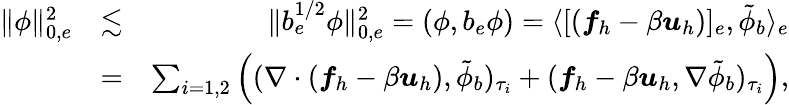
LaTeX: \begin{array}{rlr}{\| \phi\| _{0,e}^{2}}&{\lesssim}&{\| b_{e}^{1/2}\phi\| _{0,e}^{2}=(\phi,b_{e}\phi)=\langle[\left(\boldsymbol{f}_{h}-\beta\boldsymbol{u}_{h}\right)]_{e},\tilde{\phi}_{b}\rangle_{e}}\\ &{=}&{\sum_{i=1,2}\left((\nabla\cdot\left(\boldsymbol{f}_{h}-\beta\boldsymbol{u}_{h}\right),\tilde{\phi}_{b})_{\tau_{i}}+(\boldsymbol{f}_{h}-\beta\boldsymbol{u}_{h},\nabla\tilde{\phi}_{b})_{\tau_{i}}\right),}\end{array}